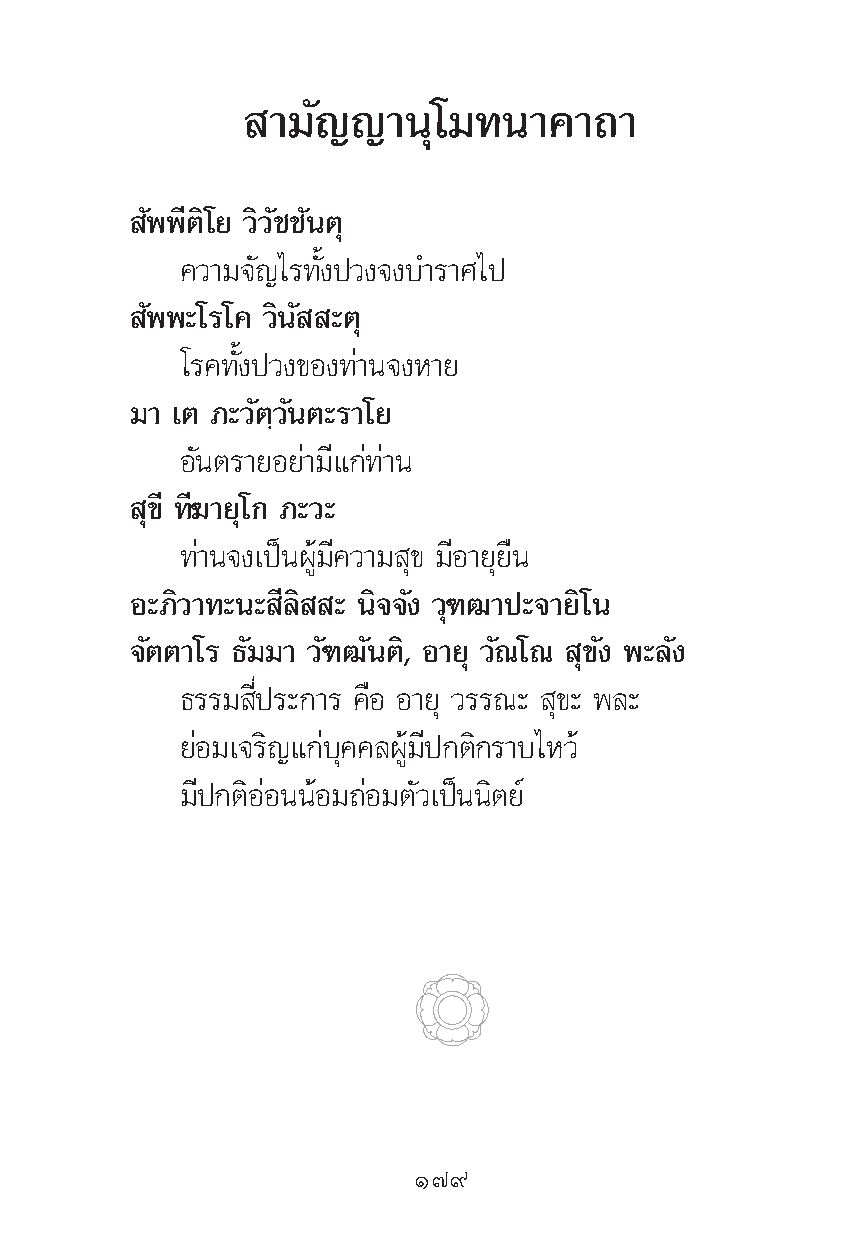
“¡—≠≠“πÿ‚¡∑π“§“∂“
 —ææ’μ‘‚¬ «‘«—™™—πμÿ
 §«“¡®—≠‰√∑—Èßª«ß®ß∫”√“»‰ª
 —ææ–‚√‚§ «‘π— –μÿ
 ‚√§∑—Èßª«ß¢Õß∑à“π®ßÀ“¬
 ¡“ ‡μ ¿–«—μ⁄«—πμ–√“‚¬
 Õ—πμ√“¬Õ¬à“¡’·°à∑à“π
 ÿ¢’ ∑’¶“¬ÿ‚° ¿–«–
 ∑à“π®ß‡ªìπºŸâ¡’§«“¡ ÿ¢ ¡’Õ“¬ÿ¬◊π
 Õ–¿‘«“∑–π– ’≈‘ – π‘®®—ß «ÿ±≤“ª–®“¬‘‚π
 ®—μμ“‚√ ∏—¡¡“ «—±≤—πμ‘, Õ“¬ÿ «—≥‚≥ ÿ¢—ß æ–≈—ß
 ∏√√¡ ’Ëª√–°“√ §◊Õ Õ“¬ÿ «√√≥– ÿ¢– æ≈–
 ¬àÕ¡‡®√‘≠·°à∫ÿ§§≈ºŸâ¡’ª°μ‘°√“∫‰À«â
 ¡’ª°μ‘ÕàÕππâÕ¡∂àÕ¡μ—«‡ªìππ‘μ¬å
 Ò˜˘